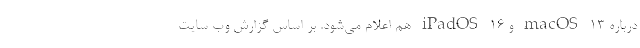
درباره macOS ۱۳ و iPadOS ۱۶ هم اعلام می‌شود. بر اساس گزارش وب سایت